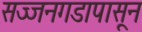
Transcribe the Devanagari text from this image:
सज्जनगडापासून